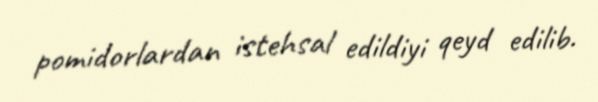
pomidorlardan istehsal edildiyi qeyd edilib.